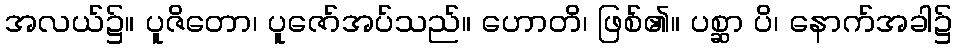
အလယ်၌။ ပူဇိတော၊ ပူဇော်အပ်သည်။ ဟောတိ၊ ဖြစ်၏။ ပစ္ဆာ ပိ၊ နောက်အခါ၌